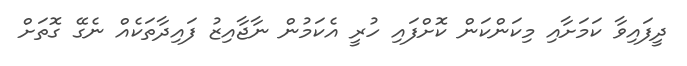
ދީފައިވާ ކަމަށާއި މިކަންކަން ކޮށްފައި ހުރީ އެކަމުން ނާޖާއިޒު ފައިދާތަކެއް ނެގޭ ގޮތަށް